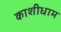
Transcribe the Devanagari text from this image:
काशीधाम